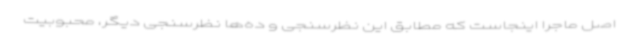
اصل ماجرا اینجاست که مطابق این نظرسنجی و ده‌ها نظرسنجی دیگر، محبوبیت